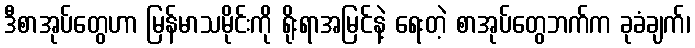
ဒီစာအုပ်တွေဟာ မြန်မာသမိုင်းကို ရိုးရာအမြင်နဲ့ ရေးတဲ့ စာအုပ်တွေဘက်က ခုခံချက်၊